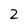
Character: 2